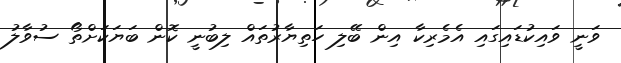
ވަނީ ވައިކުޑައިގައި އެމެރިކާ އިން ބޭލި ހަތިޔާރުތައް ލިބުނީ ކޮން ބަޔަކަށްތޯ ސުވާލު